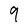
Character: 9